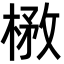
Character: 㮘